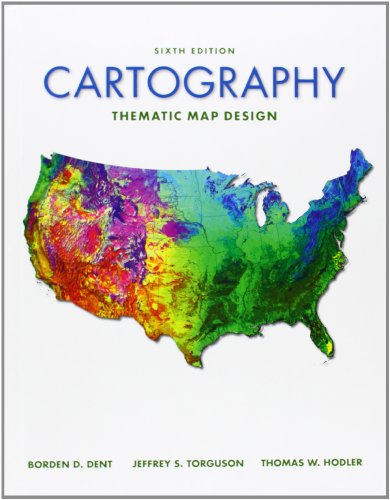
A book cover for Cartography: Thematic Map Design; Borden Dent; Science & Math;